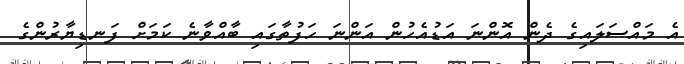
އެ މައްސަލައިގެ ދެން އޮންނަ އަޑުއެހުން އަންނަ ހަފުތާގައި ބާއްވާނެ ކަމަށް ފަނޑިޔާރުންގެ